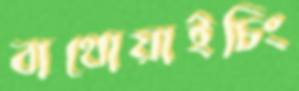
বাথোয়াইচিং